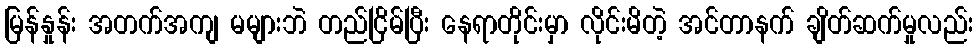
မြန်နှုန်း အတက်အကျ မများဘဲ တည်ငြိမ်ပြီး နေရာတိုင်းမှာ လိုင်းမိတဲ့ အင်တာနက် ချိတ်ဆက်မှုလည်း